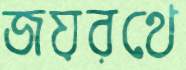
জয়রথে